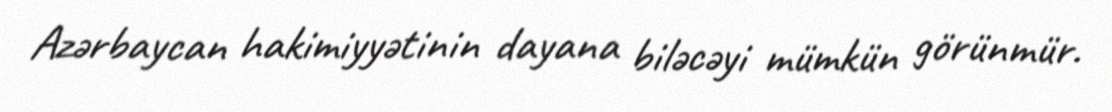
Azərbaycan hakimiyyətinin dayana biləcəyi mümkün görünmür.